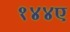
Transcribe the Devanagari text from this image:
१४४ए